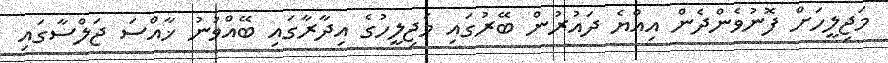
މަޖިލީހަށް ފޮނުވެންދެން އިއްޔެ ދައުރުން ބޭރުގައި މަޖިލީހުގެ އިދާރާގައި ބޭއްވުނު ޚާއްސަ ޖަލްސާގައި